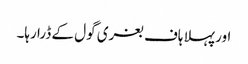
اور پہلا ہاف بغری گول کے ڈرا رہا۔